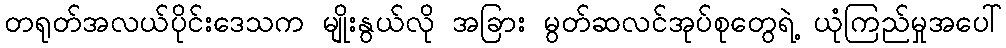
တရုတ်အလယ်ပိုင်းဒေသက မျိုးနွယ်လို အခြား မွတ်ဆလင်အုပ်စုတွေရဲ့ ယုံကြည်မှုအပေါ်